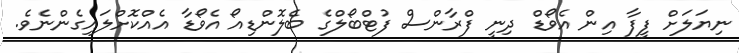
ނިޔަލަށް ފީފާ އިން އެވޯޑް ދިނީ ފްރާންސް ފުޓްބޯލްގެ ބެލޮންޑިއޯ އެވޯޑާ އެއްކޮށްލައިގެންނެވެ.